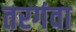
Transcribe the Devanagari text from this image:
तरगंवा